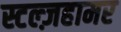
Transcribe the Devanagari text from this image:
स्टल्ज़हामर